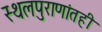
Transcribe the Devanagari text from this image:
स्थलपुराणांतही